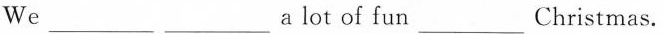
We ___ ___a lot of fun___Christmas。